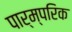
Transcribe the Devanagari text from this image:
पार्म्परिक